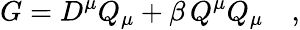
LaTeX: G=D^{\mu}Q_{\mu}+\beta\, Q^{\mu}Q_{\mu}\quad,